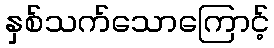
နှစ်သက်သောကြောင့်